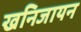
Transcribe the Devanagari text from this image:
खनिजायन